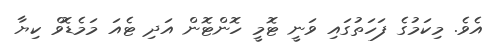
އެވެ. މިކަމުގެ ފަހަތުގައި ވަނީ ޓޮމީ ހޮންޓޮން އަދި ޓެއަ މަމެޑޮވް ކިޔާ